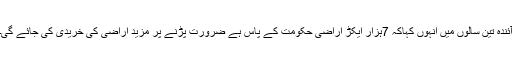
آئندہ تین سالوں میں انہوں کہاکہ 7ہزار ایکڑ اراضی حکومت کے پاس ہے ضرورت پڑنے پر مزید اراضی کی خریدی کی جائے گی۔